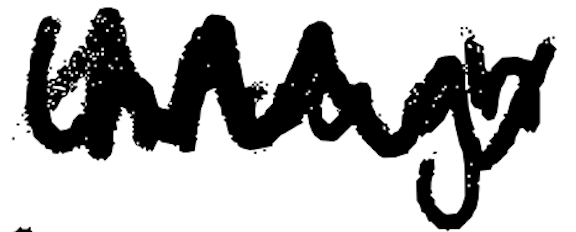
Text: through
Cross-out: zig-zag
Writing tool: digital_black